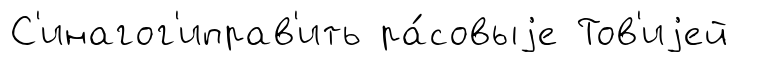
С'инагог'иправ'ить ра́совыjе Тов'иjей